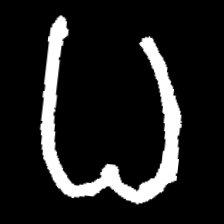
Pyu character \u2014 Myanmar letter: ဓ (romanized: dha)